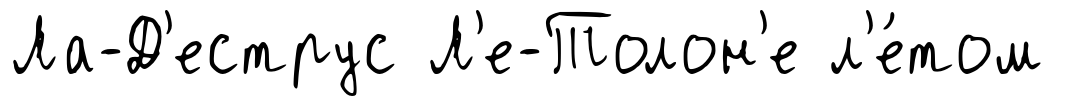
Ла-Д'еструс Л'е-Толон'е л'е́том